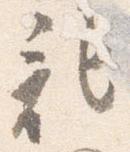
記